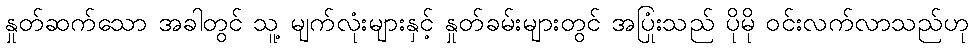
နှုတ်ဆက်သော အခါတွင် သူ့ မျက်လုံးများနှင့် နှုတ်ခမ်းများတွင် အပြုံးသည် ပိုမို ဝင်းလက်လာသည်ဟု